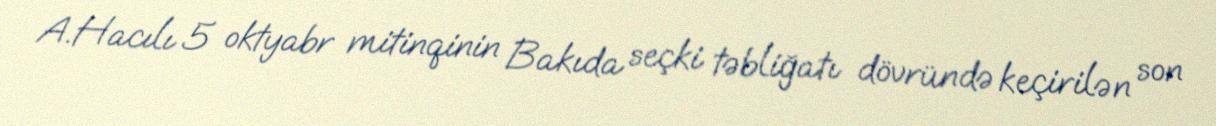
A.Hacılı 5 oktyabr mitinqinin Bakıda seçki təbliğatı dövründə keçirilən son